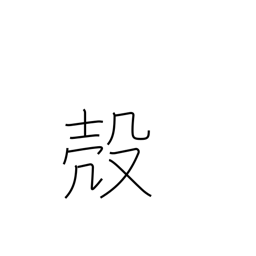
Meaning: husk